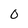
Character: 0